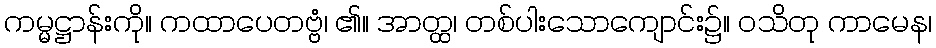
ကမ္မဋ္ဌာန်းကို။ ကထာပေတဗ္ဗံ၊ ၏။ အာတ္ထ၊ တစ်ပါးသောကျောင်း၌။ ဝသိတု ကာမေန၊